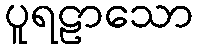
ပူရဠာသော